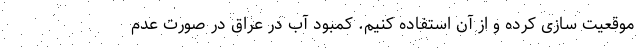
موقعیت سازی کرده و از آن استفاده کنیم. کمبود آب در عراق در صورت عدم